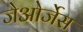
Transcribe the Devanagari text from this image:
जेओर्जेस